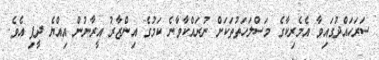
ސަރަހައްދުގައިވާ އެމެރިކާގެ މަސްލަހަތުތަކަށް ނުރައްކާވާނެ ކަމުގެ އިންޒާރު އީރާނުން އިއްޔެ ދީފި އެވެ.